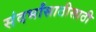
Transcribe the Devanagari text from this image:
संदर्भांसाठीसाठी